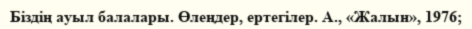
Біздің ауыл балалары. Өлеңдер, ертегілер. А., «Жалын», 1976;